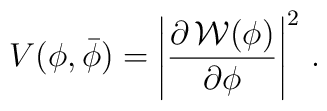
V(\phi , \bar\phi) = \left| \frac{\partial \,{\cal W}(\phi)}{\partial \phi}\right|^2\, .